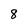
Character: 8